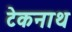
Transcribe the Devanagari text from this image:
टेकनाथ